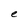
Character: e